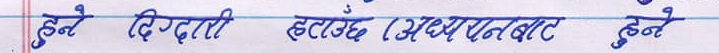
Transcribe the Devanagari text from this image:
हुने दिग्दारी हटाउँछ (अध्ययनबाट हुने